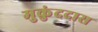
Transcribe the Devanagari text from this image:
मुकुंददास